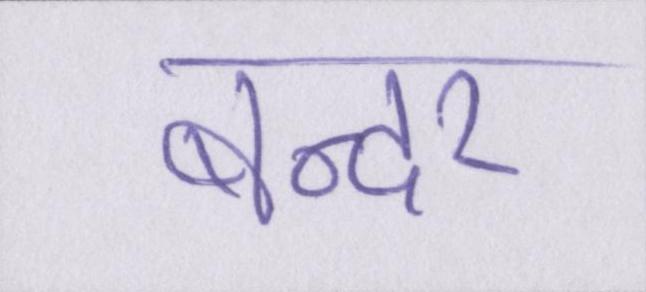
बन्दर